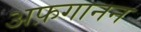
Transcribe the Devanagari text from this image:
अफ़गानन